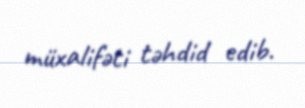
müxalifəti təhdid edib.